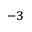
^ { - 3 }